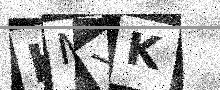
Text: KMYK